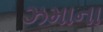
ઝમાના